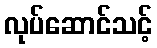
လုပ်ဆောင်သင့်